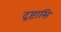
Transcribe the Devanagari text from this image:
द्रष्टासि